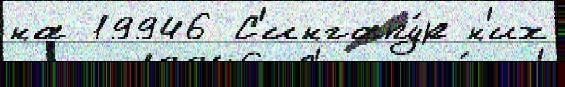
на 19946 С'ингапу́р н'их